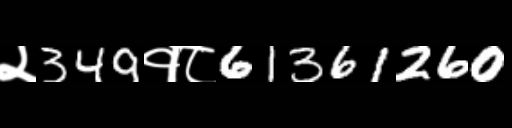
Text: २349१८61361260